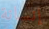
إنسانة